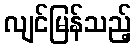
လျင်မြန်သည့်